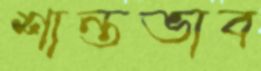
শান্তভাব